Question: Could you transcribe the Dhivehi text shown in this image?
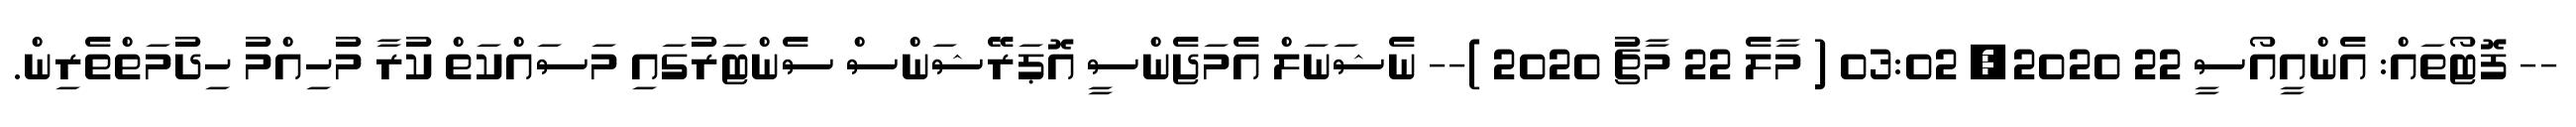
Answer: -- ފޮޓޯތައް: އެންއީއޯސީ 22 2020, 03:02 ( މާލެ 22 މާޗު 2020 )-- ނެޝަނަލް އެމަޖެންސީ އޮޕަރޭޝަންސް ސެންޓަރުގައި މަސައްކަތް ކުރާ މުހިއްމު ހިދުމަތްތެރިން.